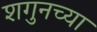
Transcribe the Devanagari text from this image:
शगुनच्या